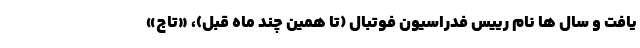
یافت و سال ها نام رییس فدراسیون فوتبال (تا همین چند ماه قبل)، «تاج»